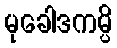
မုခေါဒကမ္ပိ